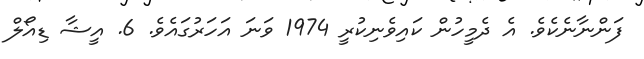
ފަންނާނެކެވެ. އެ ދެމީހުން ކައިވެނިކުރީ 1974 ވަނަ އަހަރުގައެވެ. 6. އީޝާ ޑިއޯލް